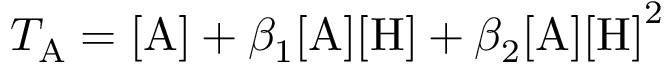
T _ { \mathrm { A } } = \mathrm { [ A ] } + \beta _ { 1 } \mathrm { [ A ] [ H ] } + \beta _ { 2 } \mathrm { [ A ] [ H ] } ^ { 2 }